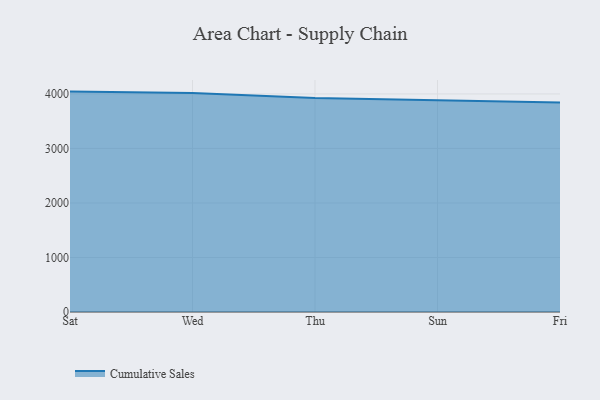
{"axis": {"x": "Day", "y": "Demand Index"}, "legend": ["Cumulative Sales"], "data": [{"x": "Sat", "y": 4043.3, "type": "Cumulative Sales"}, {"x": "Wed", "y": 4018.0, "type": "Cumulative Sales"}, {"x": "Thu", "y": 3924.4, "type": "Cumulative Sales"}, {"x": "Sun", "y": 3887.6, "type": "Cumulative Sales"}, {"x": "Fri", "y": 3841.6, "type": "Cumulative Sales"}]}